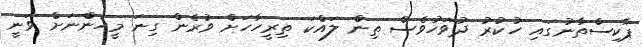
ޕާކިސްތާނުގައި ހުކުރު ދުވަހުވެސް ތިން ލައްކަ ތިރީހާހަށް ވުރެން ގިނަ މީހުންނަށް ވަނީ